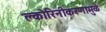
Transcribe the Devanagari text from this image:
क्लोरिनीकरणामुळे